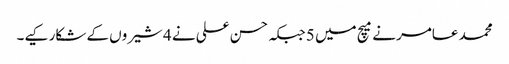
محمد عامر نے میچ میں 5 جبکہ حسن علی نے 4 شیروں کے شکار کیے۔